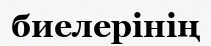
биелерінің